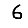
Digit: 6